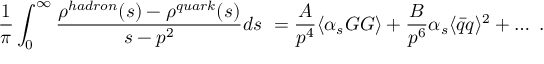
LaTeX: \frac 1 { \pi } \int _ { 0 } ^ { \infty } { \frac { \rho ^ { h a d r o n } ( s ) - \rho ^ { q u a r k } ( s ) } { s - p ^ { 2 } } } d s \ = \frac { A } { p ^ { 4 } } \langle \alpha _ { s } G G \rangle + \frac { B } { p ^ { 6 } } \alpha _ { s } \langle \bar { q } q \rangle ^ { 2 } + \ldots \ .